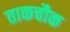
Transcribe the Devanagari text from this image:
ताकचौक